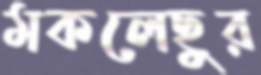
মকলেছুর